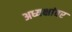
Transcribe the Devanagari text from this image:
अध्यक्षांवर